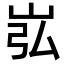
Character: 𪨮